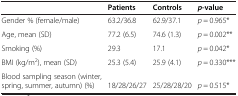
<table><thead><tr><td><b> </b></td><td><b>Patients</b></td><td><b>Controls</b></td><td><b><i>p</i>-value</b></td></tr></thead><tbody><tr><td>Gender % (female/male)</td><td>63.2/36.8</td><td>62.9/37.1</td><td><i>p</i> = 0.965*</td></tr><tr><td>Age, mean (SD)</td><td>77.2 (6.5)</td><td>74.6 (1.3)</td><td><i>p</i> = 0.002**</td></tr><tr><td>Smoking (%)</td><td>29.3</td><td>17.1</td><td><i>p</i> = 0.042*</td></tr><tr><td>BMI (kg/m<sup>2</sup>), mean (SD)</td><td>25.3 (5.4)</td><td>25.9 (4.1)</td><td><i>p</i> = 0.330***</td></tr><tr><td>Blood sampling season (winter, spring, summer, autumn) (%)</td><td>18/28/26/27</td><td>25/28/28/20</td><td><i>p</i> = 0.515*</td></tr></tbody></table>